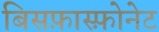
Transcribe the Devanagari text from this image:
बिसफ़ास्फ़ोनेट